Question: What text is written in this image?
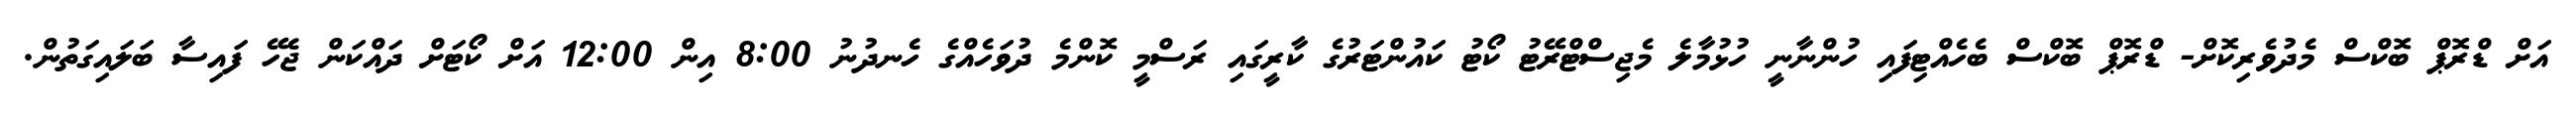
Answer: އަށް ޑްރޮޕް ބޮކްސް މެދުވެރިކޮށް- ޑްރޮޕް ބޮކްސް ބެހެއްޓިފައި ހުންނާނީ ހުޅުމާލެ މެޖިސްޓްރޭޓު ކޯޓު ކައުންޓަރުގެ ކާރީގައި ރަސްމީ ކޮންމެ ދުވަހެއްގެ ހެނދުނު 8:00 އިން 12:00 އަށް ކޯޓަށް ދައްކަން ޖެހޭ ފައިސާ ބަލައިގަތުން.